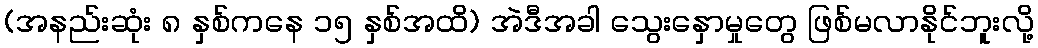
(အနည်းဆုံး ၈ နှစ်ကနေ ၁၅ နှစ်အထိ) အဲဒီအခါ သွေးနှောမှုတွေ ဖြစ်မလာနိုင်ဘူးလို့